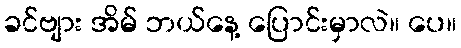
ခင်ဗျား အိမ် ဘယ်နေ့ ပြောင်းမှာလဲ။ ပေ။